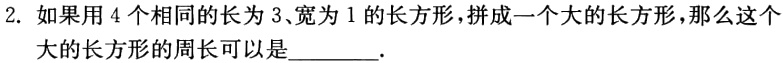
2. 如果用4个相同的长为3、宽为1的长方形，拼成一个大的长方形，那么这个大的长方形的周长可以是________.